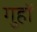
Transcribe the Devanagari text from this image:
गुहों